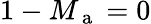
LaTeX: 1-M_{\mathrm{~a~}}=0